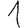
Digit: 1